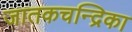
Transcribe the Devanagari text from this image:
जातकचन्द्रिका